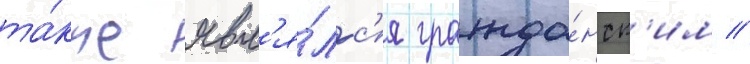
та́кже явл'я́лс'я гражда́нск'им //